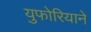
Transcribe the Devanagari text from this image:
युफोरियाने